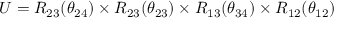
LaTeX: U = R _ { 2 3 } ( \theta _ { 2 4 } ) \times R _ { 2 3 } ( \theta _ { 2 3 } ) \times R _ { 1 3 } ( \theta _ { 3 4 } ) \times R _ { 1 2 } ( \theta _ { 1 2 } )